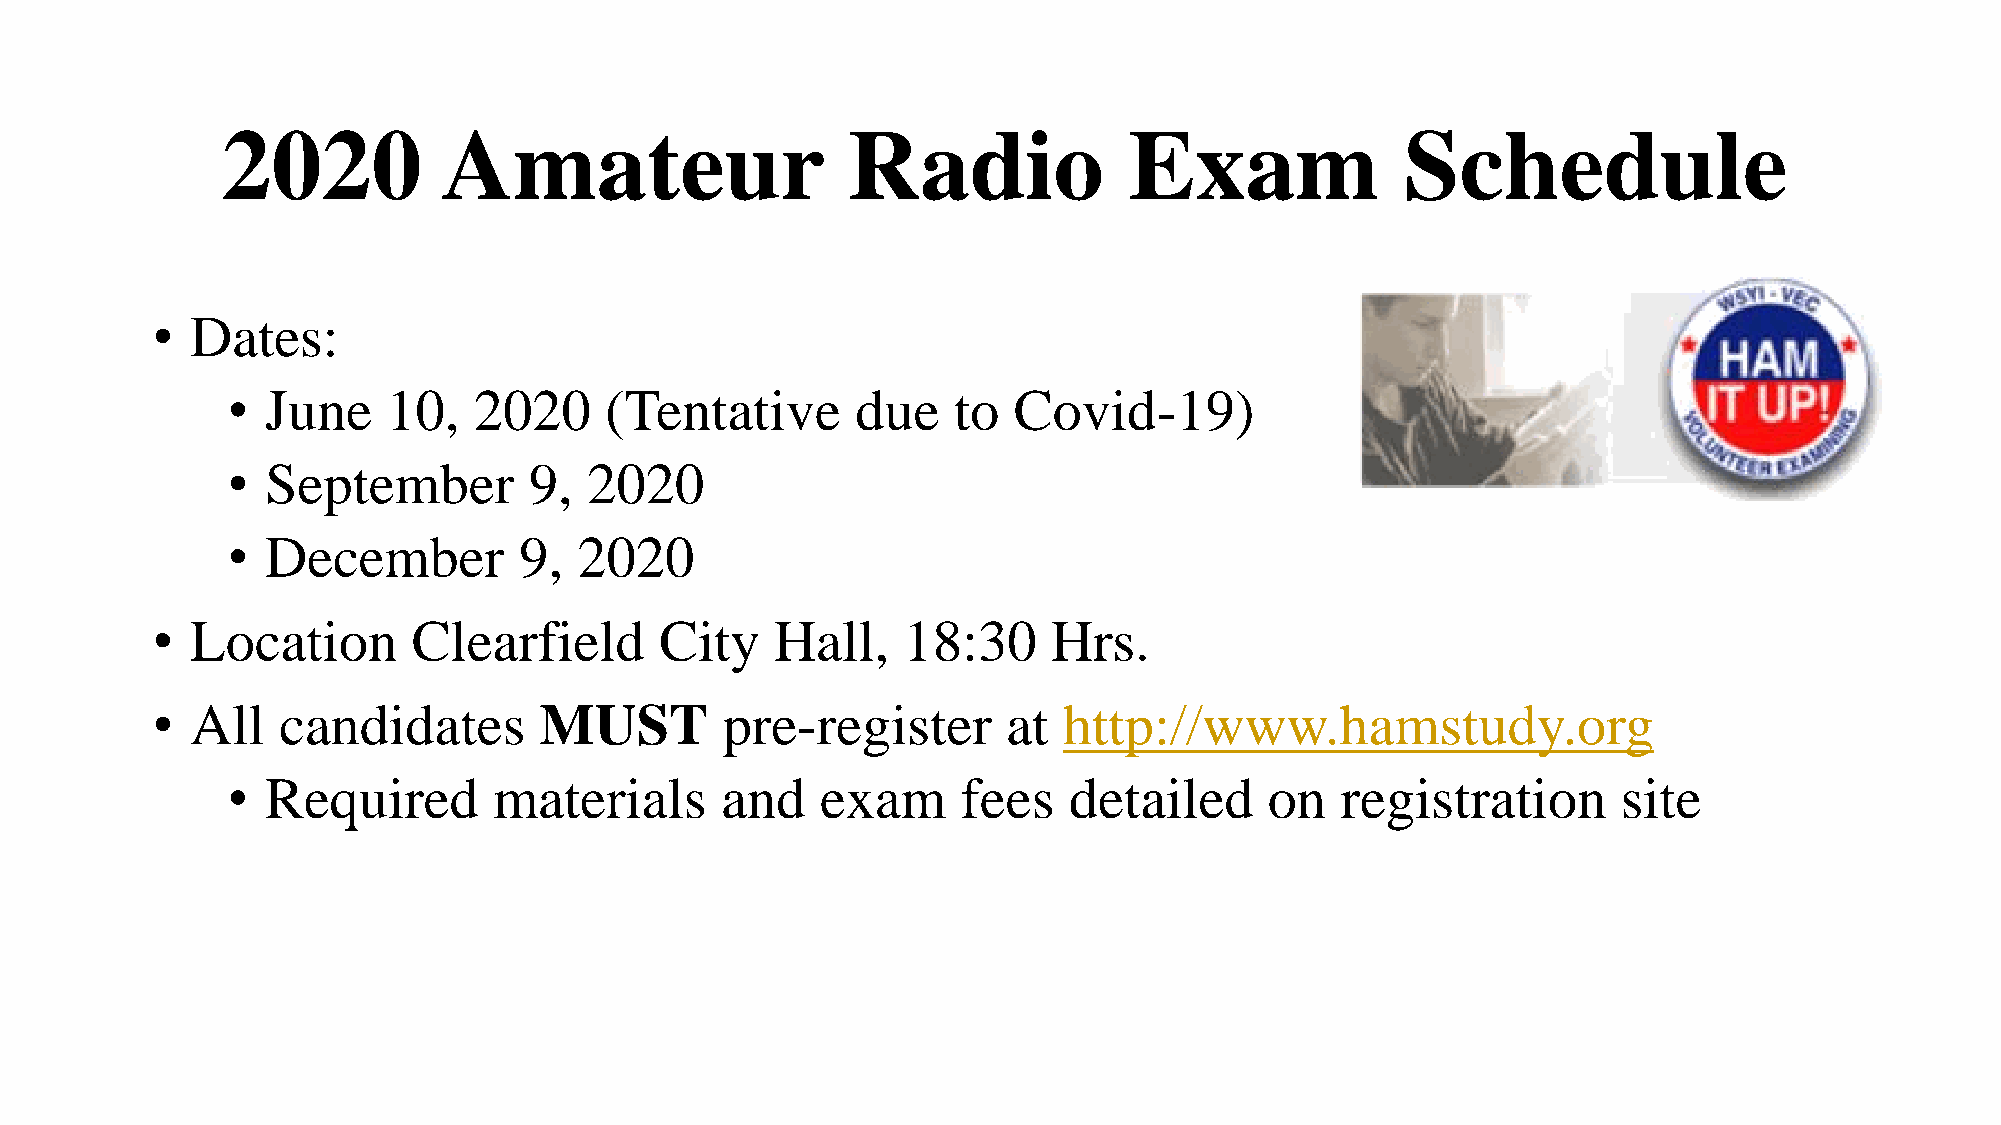
2020          Amateur                    Radio              Exam              Schedule
 •  Dates:
 •  June    10,  2020     (Tentative       due   to  Covid-19)
 •  September        9,  2020
 •  December        9,  2020
 •  Location      Clearfield       City   Hall,    18:30     Hrs.
 •  All  candidates        MUST        pre-register       at http://www.hamstudy.org
 •  Required       materials      and   exam      fees   detailed     on   registration      site